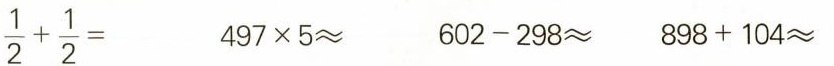
$$\frac{ 1 }{ 2 } + \frac{ 1 }{ 2 } =$$ $$4 9 7 \times 5 ≈$$ $$6 0 2 - 2 9 8 ≈$$ $$8 9 8 + 1 0 4 ≈$$